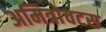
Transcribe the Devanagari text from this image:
अमित्रोचटस